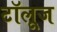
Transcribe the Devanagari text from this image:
टॉलूज